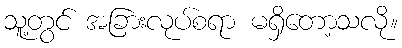
သူ့တွင် အခြားလုပ်စရာ မရှိတော့သလို။